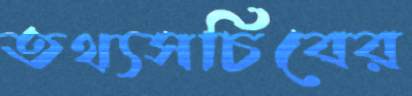
তথ্যসচিবের